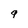
Character: 9